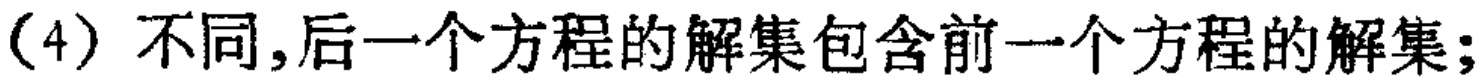
(4) 不同,后一个方程的解集包含前一个方程的解集;